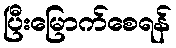
ပြီးမြောက်စေရန်